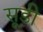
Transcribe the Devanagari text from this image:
सूडी